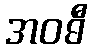
အဝဓီ